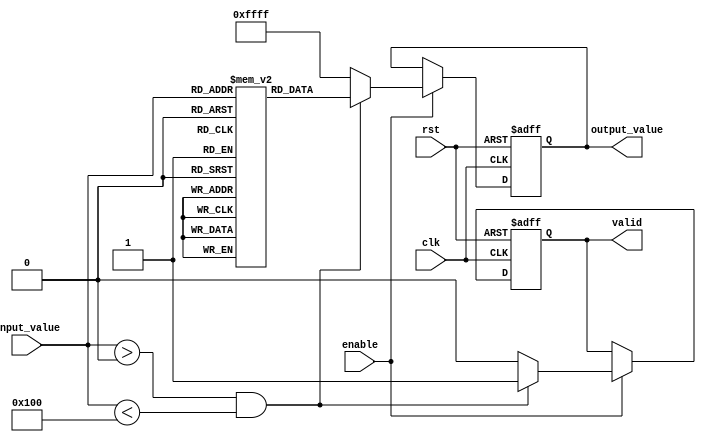
module lut_reciprocal (
    input wire clk,                // Clock input
    input wire rst,                // Reset input
    input wire [7:0] input_value,  // 8-bit input value
    input wire enable,             // Enable signal
    output reg [15:0] output_value, // 16-bit output value for the reciprocal
    output reg valid               // Output valid signal
);

    // Define the size of the LUT
    parameter LUT_SIZE = 256;

    // LUT to store precomputed reciprocal values (scaled)
    reg [15:0] lut [0:LUT_SIZE-1];

    // Initialize the LUT with precomputed reciprocal values
    initial begin
        // Example initialization (values should be precomputed)
        // lut[0] = 16'hFFFF; // Undefined (1/0)
        lut[1] = 16'h10000; // 1.0
        lut[2] = 16'h8000;  // 0.5
        lut[3] = 16'h5555;  // 0.3333
        // ... Fill in the rest of the LUT with appropriate values
        lut[255] = 16'h1;   // 1/255
    end

    // Control logic for LUT access
    always @(posedge clk or posedge rst) begin
        if (rst) begin
            output_value <= 16'h0;
            valid <= 1'b0;
        end else if (enable) begin
            if (input_value > 0 && input_value < LUT_SIZE) begin
                output_value <= lut[input_value]; // Access LUT
                valid <= 1'b1; // Set valid output
            end else begin
                output_value <= 16'hFFFF; // Undefined for 0 or out of range
                valid <= 1'b0; // Invalid output
            end
        end
    end

endmodule